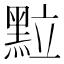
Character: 𮮖